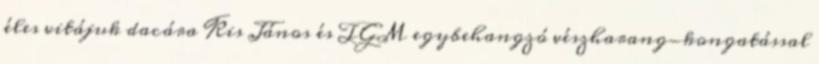
éles vitájuk dacára Kis János és TGM egybehangzó vészharang-kongatással